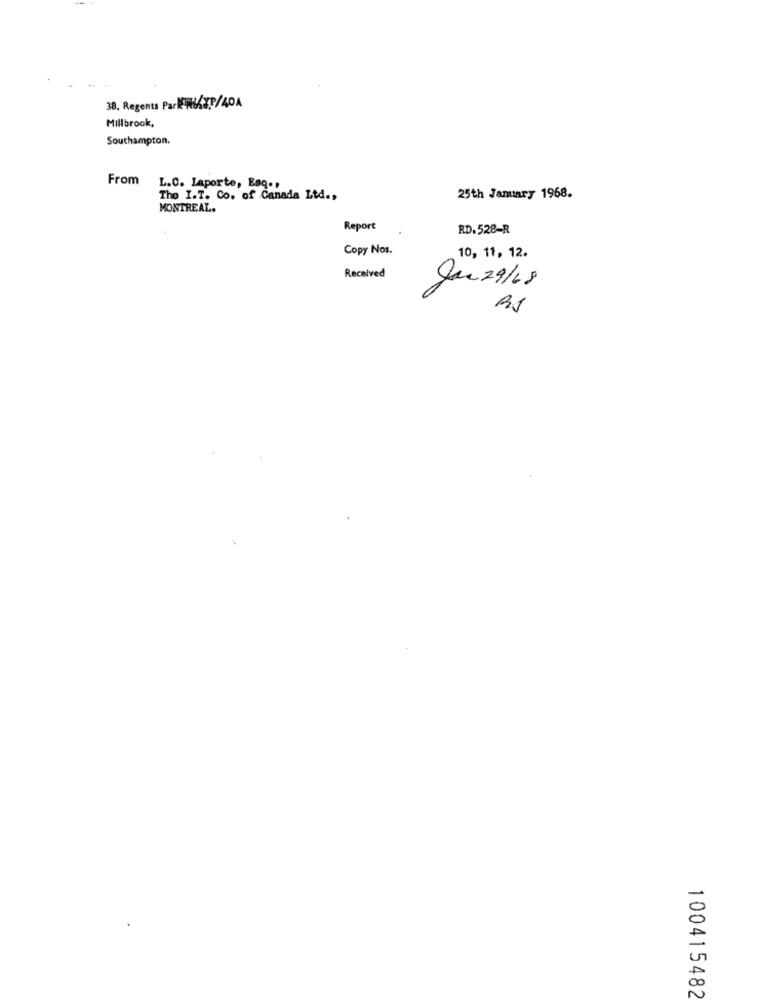
38, Regents ParkW/XP/40A
Millbrook,
Southampton.
From
L.C. Laporte, Esq .,
The I.T. Co. of Canada Ltd .,
25th January 1968.
MONTREAL.
Report
RD.528-R
Copy Nos.
10, 11, 12.
Received
June 29/18
100415482